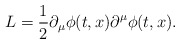
\begin{align*}L={1\over 2}\partial_{\mu}\phi(t,x)\partial^{\mu}\phi(t,x).\end{align*}